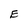
Character: E